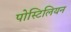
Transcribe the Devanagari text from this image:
पोस्टिलियन